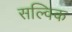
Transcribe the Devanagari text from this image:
सल्विक